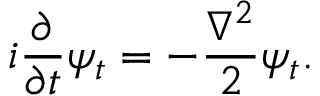
i { \frac { \partial } { \partial t } } \psi _ { t } = - { \frac { \nabla ^ { 2 } } { 2 } } \psi _ { t } .